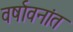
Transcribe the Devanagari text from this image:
वर्षावनांत